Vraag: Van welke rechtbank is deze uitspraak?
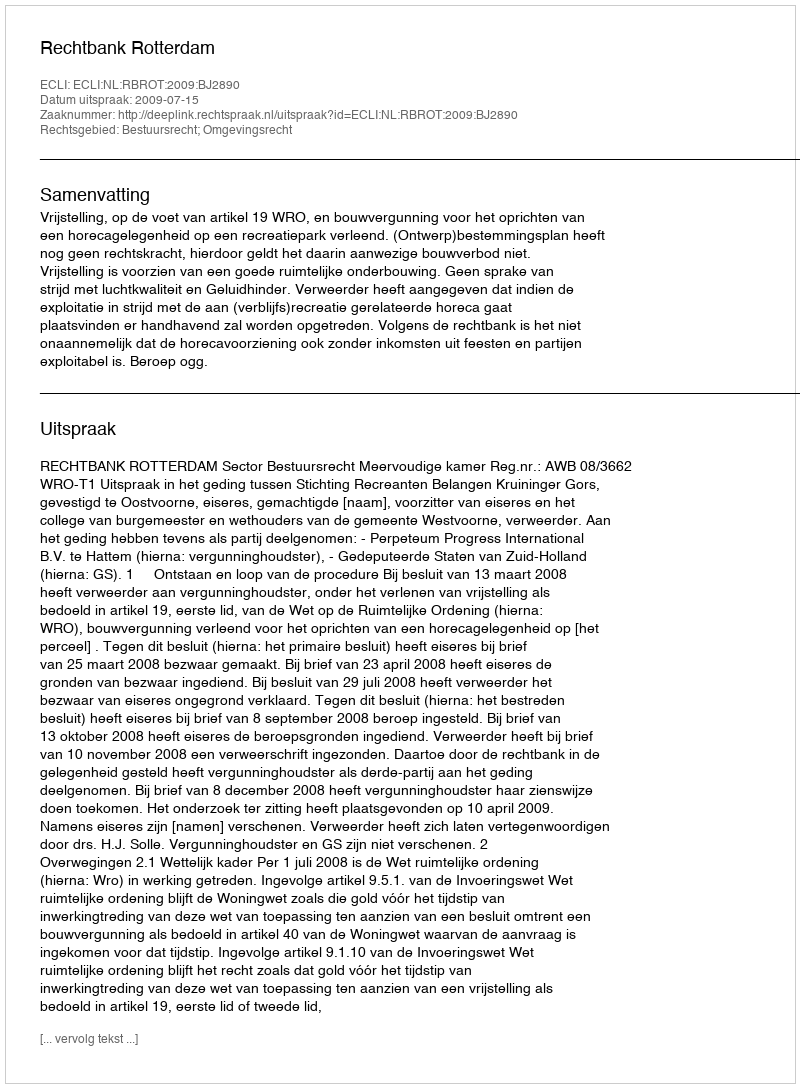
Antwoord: Rechtbank Rotterdam